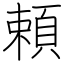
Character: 頼